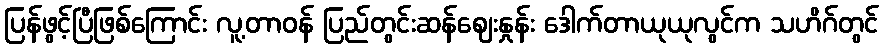
ပြန်ဖွင့်ပြီဖြစ်ကြောင်း လူ့တာဝန် ပြည်တွင်းဆန်ဈေးနှုန်း ဒေါက်တာယုယုလွင်က သဟိဂ်တွင်